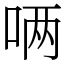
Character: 唡